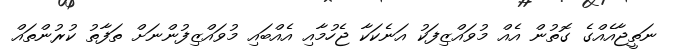
ނަތީޖާއެއްގެ ގޮތުން އެއް މުވައްޒިފަކު އަނެކަކާ ޖެހުމާއި އެއްބައި މުވައްޒިފުންނަށް ތަފާތު ކުރުންތައް